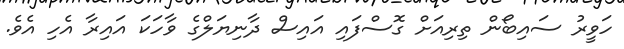
ހަވީރު ސައިބޯން ތިރިއަށް ގޮސްފައި އައިސް ދާނިޔަލްގެ ވާހަކަ އައިރާ އެހި އެވެ.